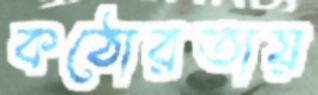
কঠোরতায়